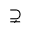
\supsetneq